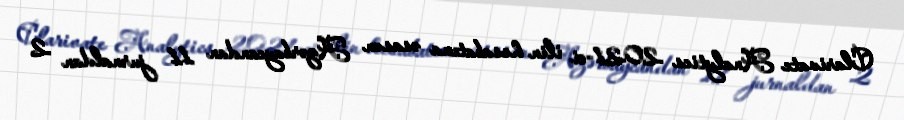
Clarivate Analytics 2021-ci ilin hesabatına əsasən Azərbaycandan 11 jurnaldan 2